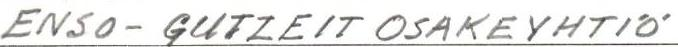
ENSO-GUTZEIT OSAKEYHTIÖ